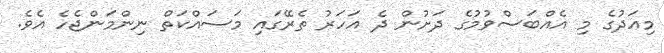
މިއަދުގެ މި އެއްބަސްވުމުގެ ދަށުން ދެ އަހަރު ތެރޭގައި މަސައްކަތް ނިންމަންޖެހެ އެވެ.